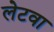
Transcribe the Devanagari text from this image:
लेटवा